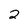
Character: 2